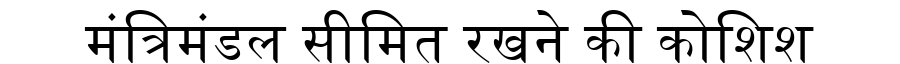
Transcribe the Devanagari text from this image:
मंत्रिमंडल सीमित रखने की कोशिश